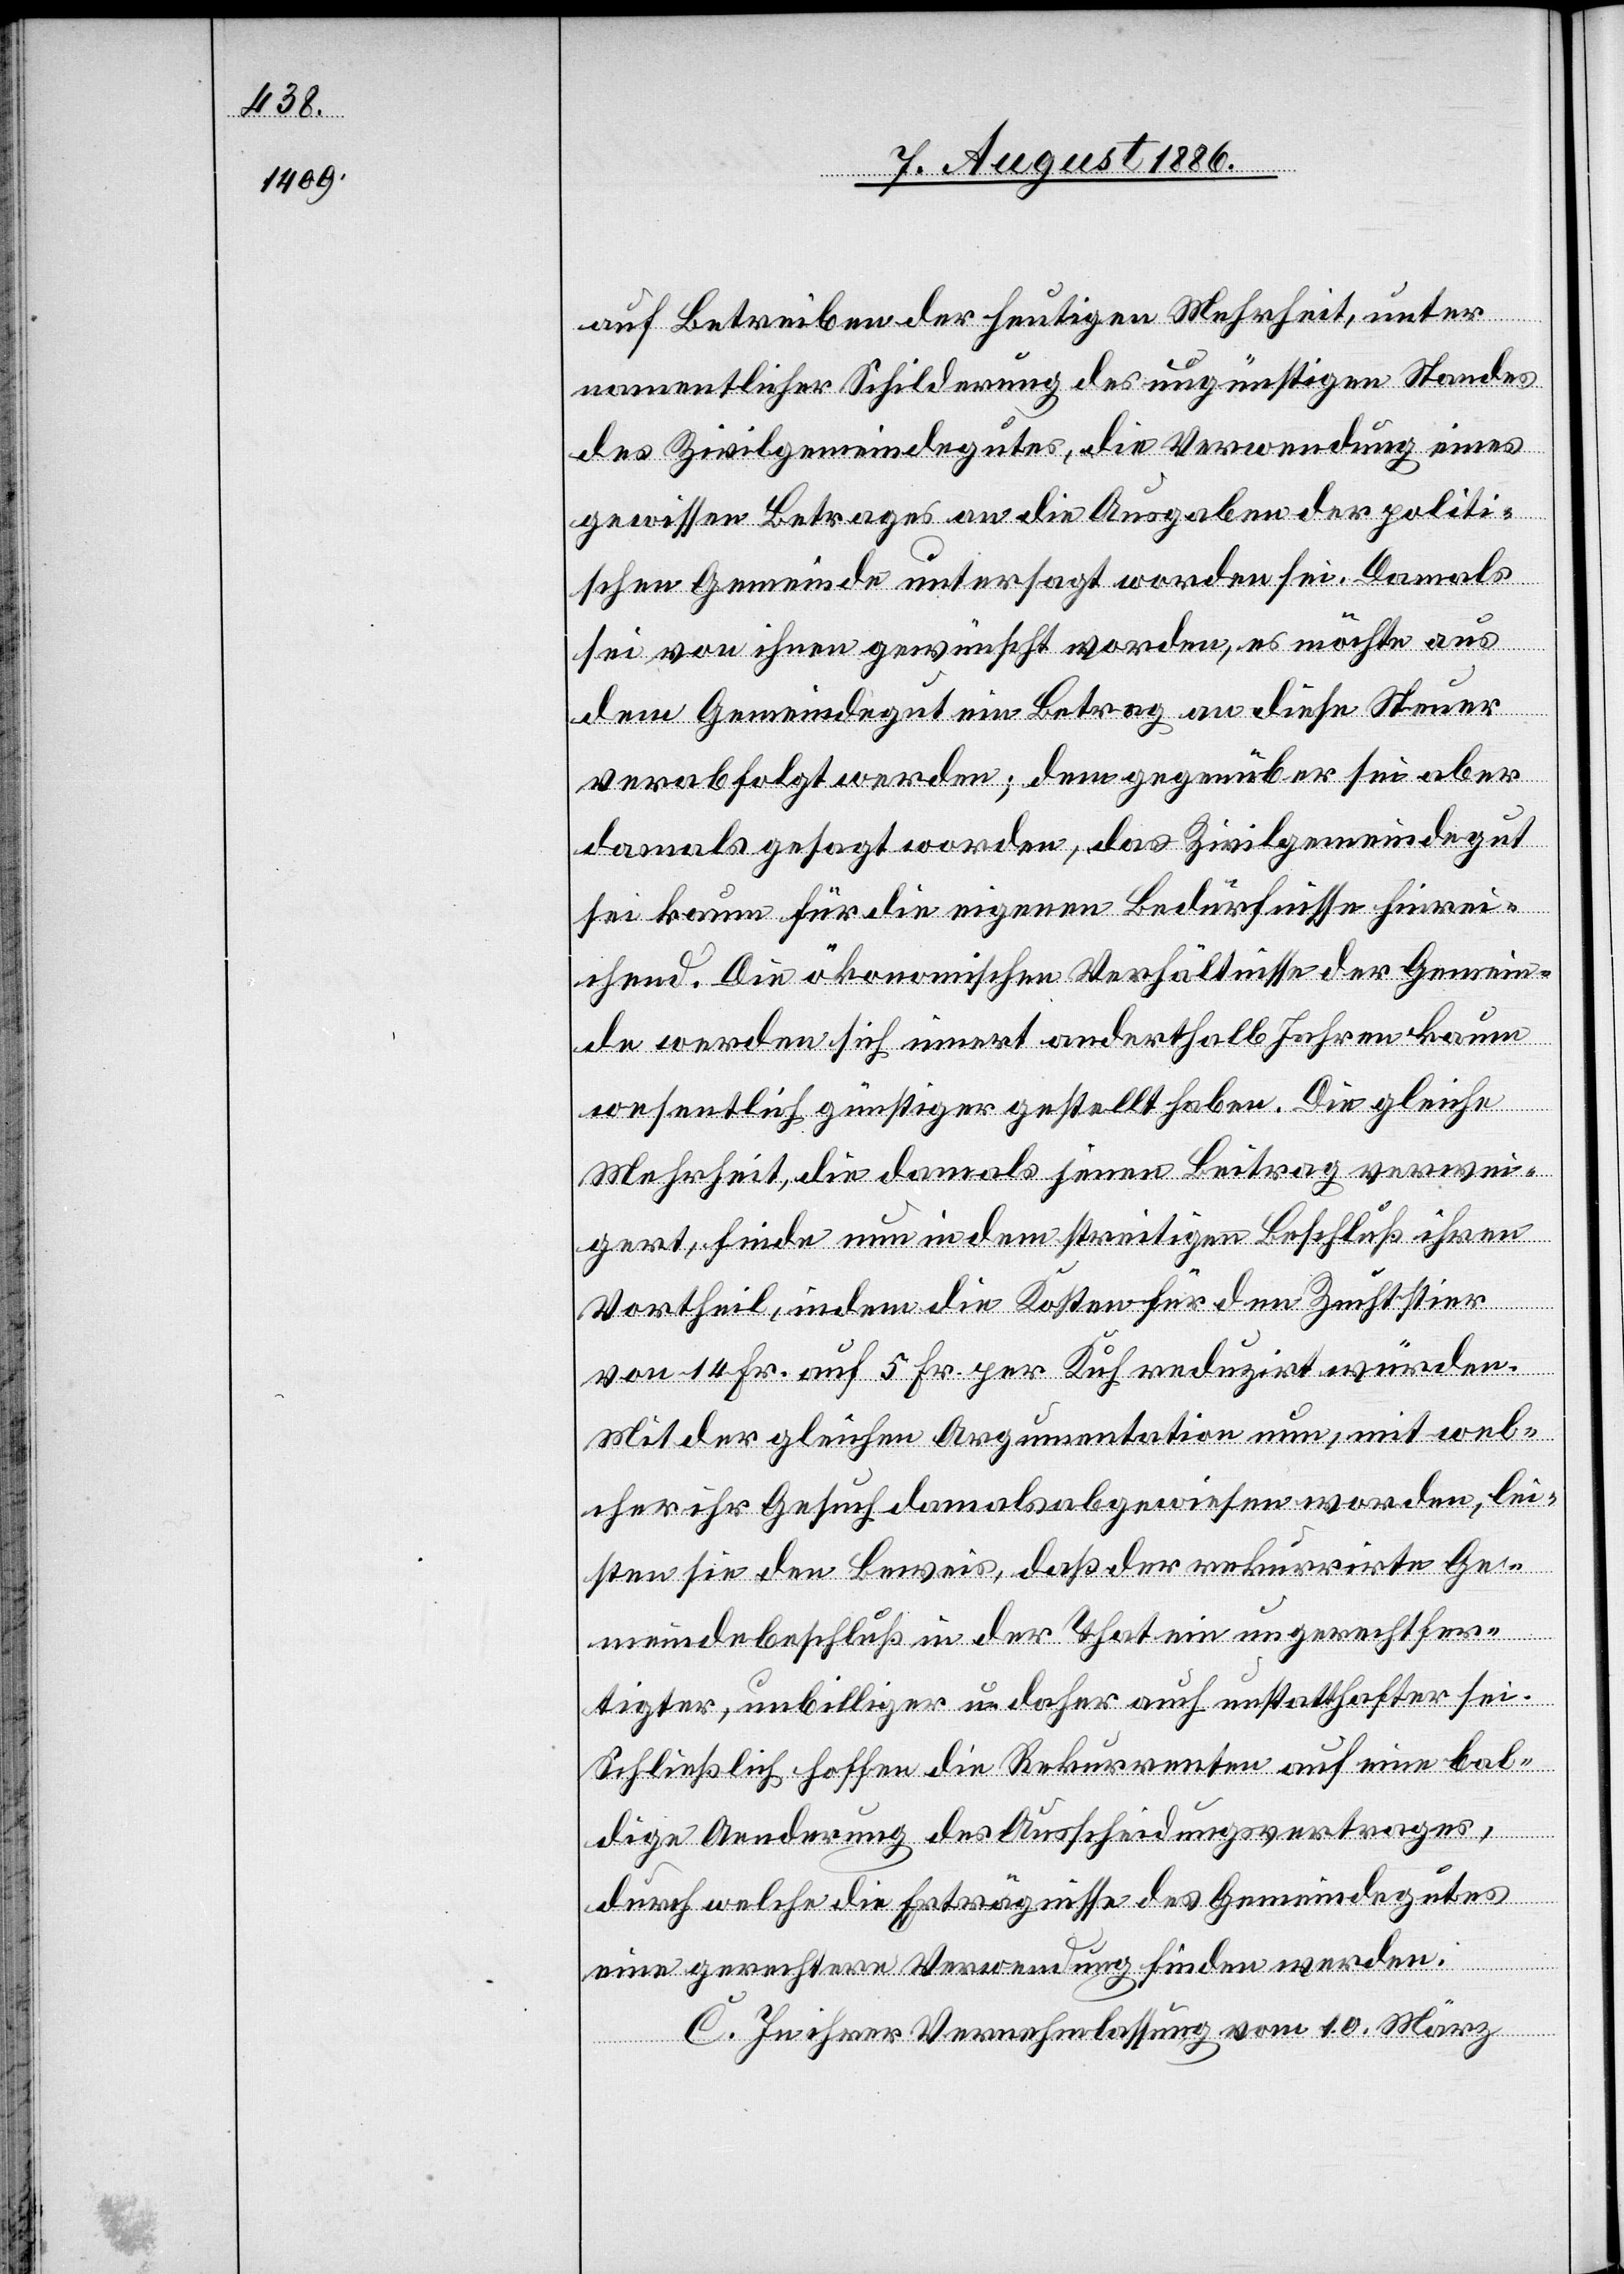
14 Fr.

würden.
auf Betreiben der heutigen Mehrheit, unter
namentlicher Schilderung des ungünstigen Standes
des Zivilgemeindegutes, die Verwendung eines
gewissen Betrages an die Ausgaben der politi¬
schen Gemeinde untersagt werden. Damals
sei von ihnen gewünscht worden, es möchte aus
dem Gemeindegut ein Betrag an diese Steuer
verabfolgt werden; dem gegenüber sei aber
damals gesagt worden, das Zivilgemeindegut
sei kaum für die eigenen Bedürfnisse hinrei¬
chend. Die ökonomischen Verhältnisse der Gemein¬
de werden sich innert anderthalb Jahren kaum
wesentlich günstiger gestellt haben. Die gleiche
Mehrheit, die damals jenen Beitrag verwei¬
gert[e], finde nun in dem streitigen Beschluß ihren
Vortheil, indem die Kosten für den Zuchtstier
von
Mit der gleichen Argumentation nun, mit wel¬
cher ihr Gesuch damals abgewiesen worden, lei¬
sten sie den Beweis, daß der rekurrirte Ge¬
meindebeschluß in der That ein ungerechtfer¬
tigter, unbilliger u. daher auch unstatthafter sei.
Schließlich hoffen die Rekurrenten auf eine bal¬
dige Aenderung des Ausscheidungsvertrages,
durch welche die Erträgnisse des Gemeindegutes
eine gerechtere Verwendung finden werden.
C. In ihrer Vernehmlassung vom 10. März